Scottish Leaving Certificate Examination, 1961
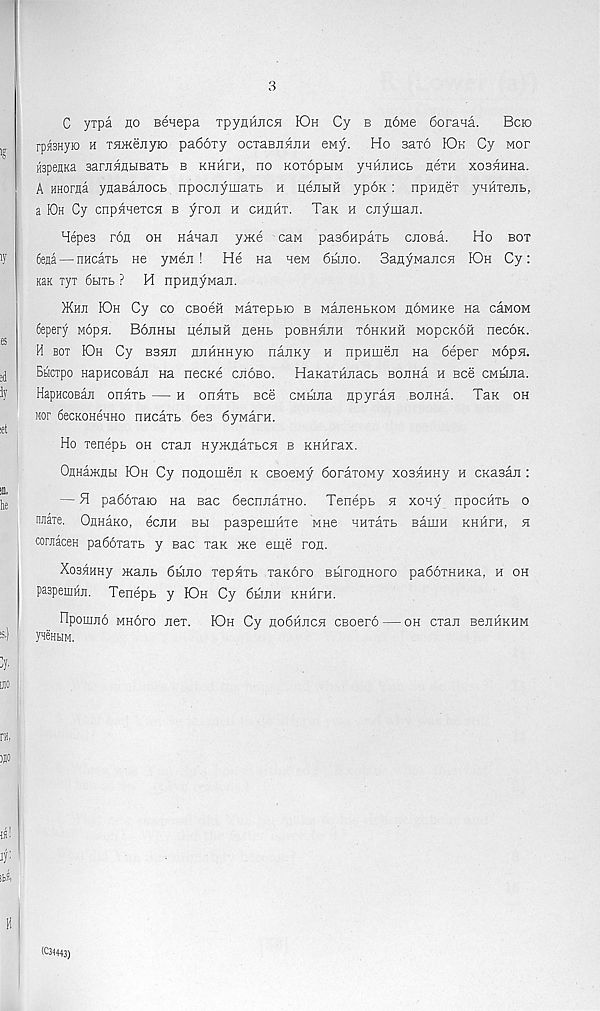
3
C yrpa no senepa TpyniincH KDh Cy b homo 6oraHa.
Bcbo
1? ! rpasnyio h TaiKenyio padoxy ocTaBnHJiH eMy. Ho saro IOk Cy wor
fepeHKa sarnanMBaTb b khhfh, no kotophm yaHJincb nera xosHnna.
A HHorna ynaBanoct npocnymaTb h penbm yp6K: npHnex yanTejib,
a K)h Cy cnpnHeTCH b yron h chuht. Tax h cnyman.
Hepes ron oh Hanan y«.e caM pa36Hpaxb cnoBa.
Ho box
1
6esa — nncaxb ne yMen ! He Ha new 6bmo. SanyMancn IOh Cy:
kek xyx 6bixb ? H npnnyMaji.
}KHn Dh Cy co cbobh Maxepbio b ManeHbKOM noMHKe Ha canoM
6epery Mopn. BonHH nejibig neHb pobhhuh xohkhh mopckoh necoK.
6S
H box Dh Cy bshji nJiHHHyio nanKy h npHiuen na 6eper Mopn.
!( j
Bbicxpo HapHCOBan Ha necne cjiobo. HaKaxiinacb bojihA h bog CMbraa.
iy
HapncoBan onnxb — h onnxb Bee CMbuia npyran BoiiHa. Tax oh
nor 6ecKOHeHHO nHcaxb 6e3 6yMarn.
:et
Ho xenepb oh cxan HymnaxbCH b KHHrax.
OnHajKflH K)h Cy nonomen k cBoeMy 6oraxoMy xosnHHy h cKasan :
%
), e
— H pa66xaio na sac 6ecnnaxH0. Tenepb h xony npocHXb o
nnaxe. OnnaKO, ecnH bh paspeuiHxe wne HHxaxb Baiun khhxh, h
coraaceH pa66xaxb y sac xax me eiye ron.
XosHHHy manb 6hjio xepnxb xanoro BbironHoro pa66xHHKa, h oh
paspeninji. Tenepb y K)h Cy 6hjih khhfh.
npomno mhoxo nex. KDh Cy no6HJicH CBoero — oh cxan BenHKHM
S' )
yneBbiM.
DIO
n,
Ofl O
w!
iy :
H
(C3-(443)